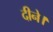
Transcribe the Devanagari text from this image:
दीने।